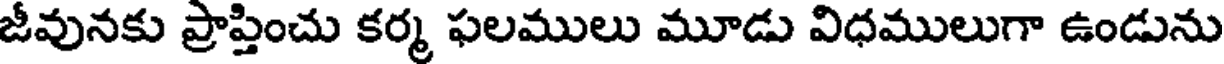
జీవునకు ప్రాప్తించు కర్మ ఫలములు మూడు విధములుగా ఉండును